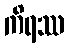
ကိရဿ